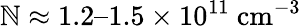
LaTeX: \mathbb{N}\approx1.2–1.5\times10^{11}~\mathrm{{cm}}^{-3}